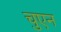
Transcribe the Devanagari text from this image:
चुएन